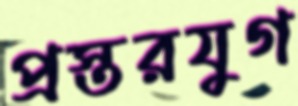
প্রস্তরযুগ